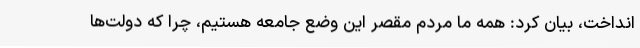
انداخت، بیان کرد: همه ما مردم مقصر این وضع جامعه هستیم، چرا که دولت‌ها